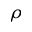
\rho